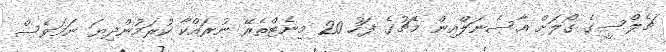
ޗެލްސީގެ ގޯލަށް އާސެނަލްއިން މެޗުގެ ފަހު 20 މިނެޓްތެރޭ ނުރައްކާ ކުރަމުންދިޔަ ނަމަވެސް